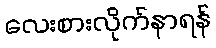
လေးစားလိုက်နာရန်